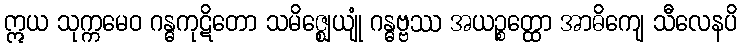
ဣယ သုက္ကမေဝ ဂန္ဓကုဋိတော သမိဇ္ဈေယျုံ ဂန္ဓဗ္ဗဿ အယဉ္စတ္ထော အာဓိကျေ သီလေနပိ